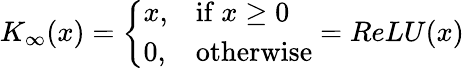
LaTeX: K_{\infty}(x)={\left\{ \begin{array}{ll}{x,}&{{\mathrm{if~}}x\geq 0}\\ {0,}&{{\mathrm{otherwise}}}\end{array}\right.}=ReLU(x)